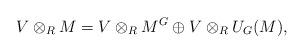
LaTeX: \begin{align*}V\otimes_R M=V\otimes_R M^G \oplus V\otimes_R U_G(M),\end{align*}